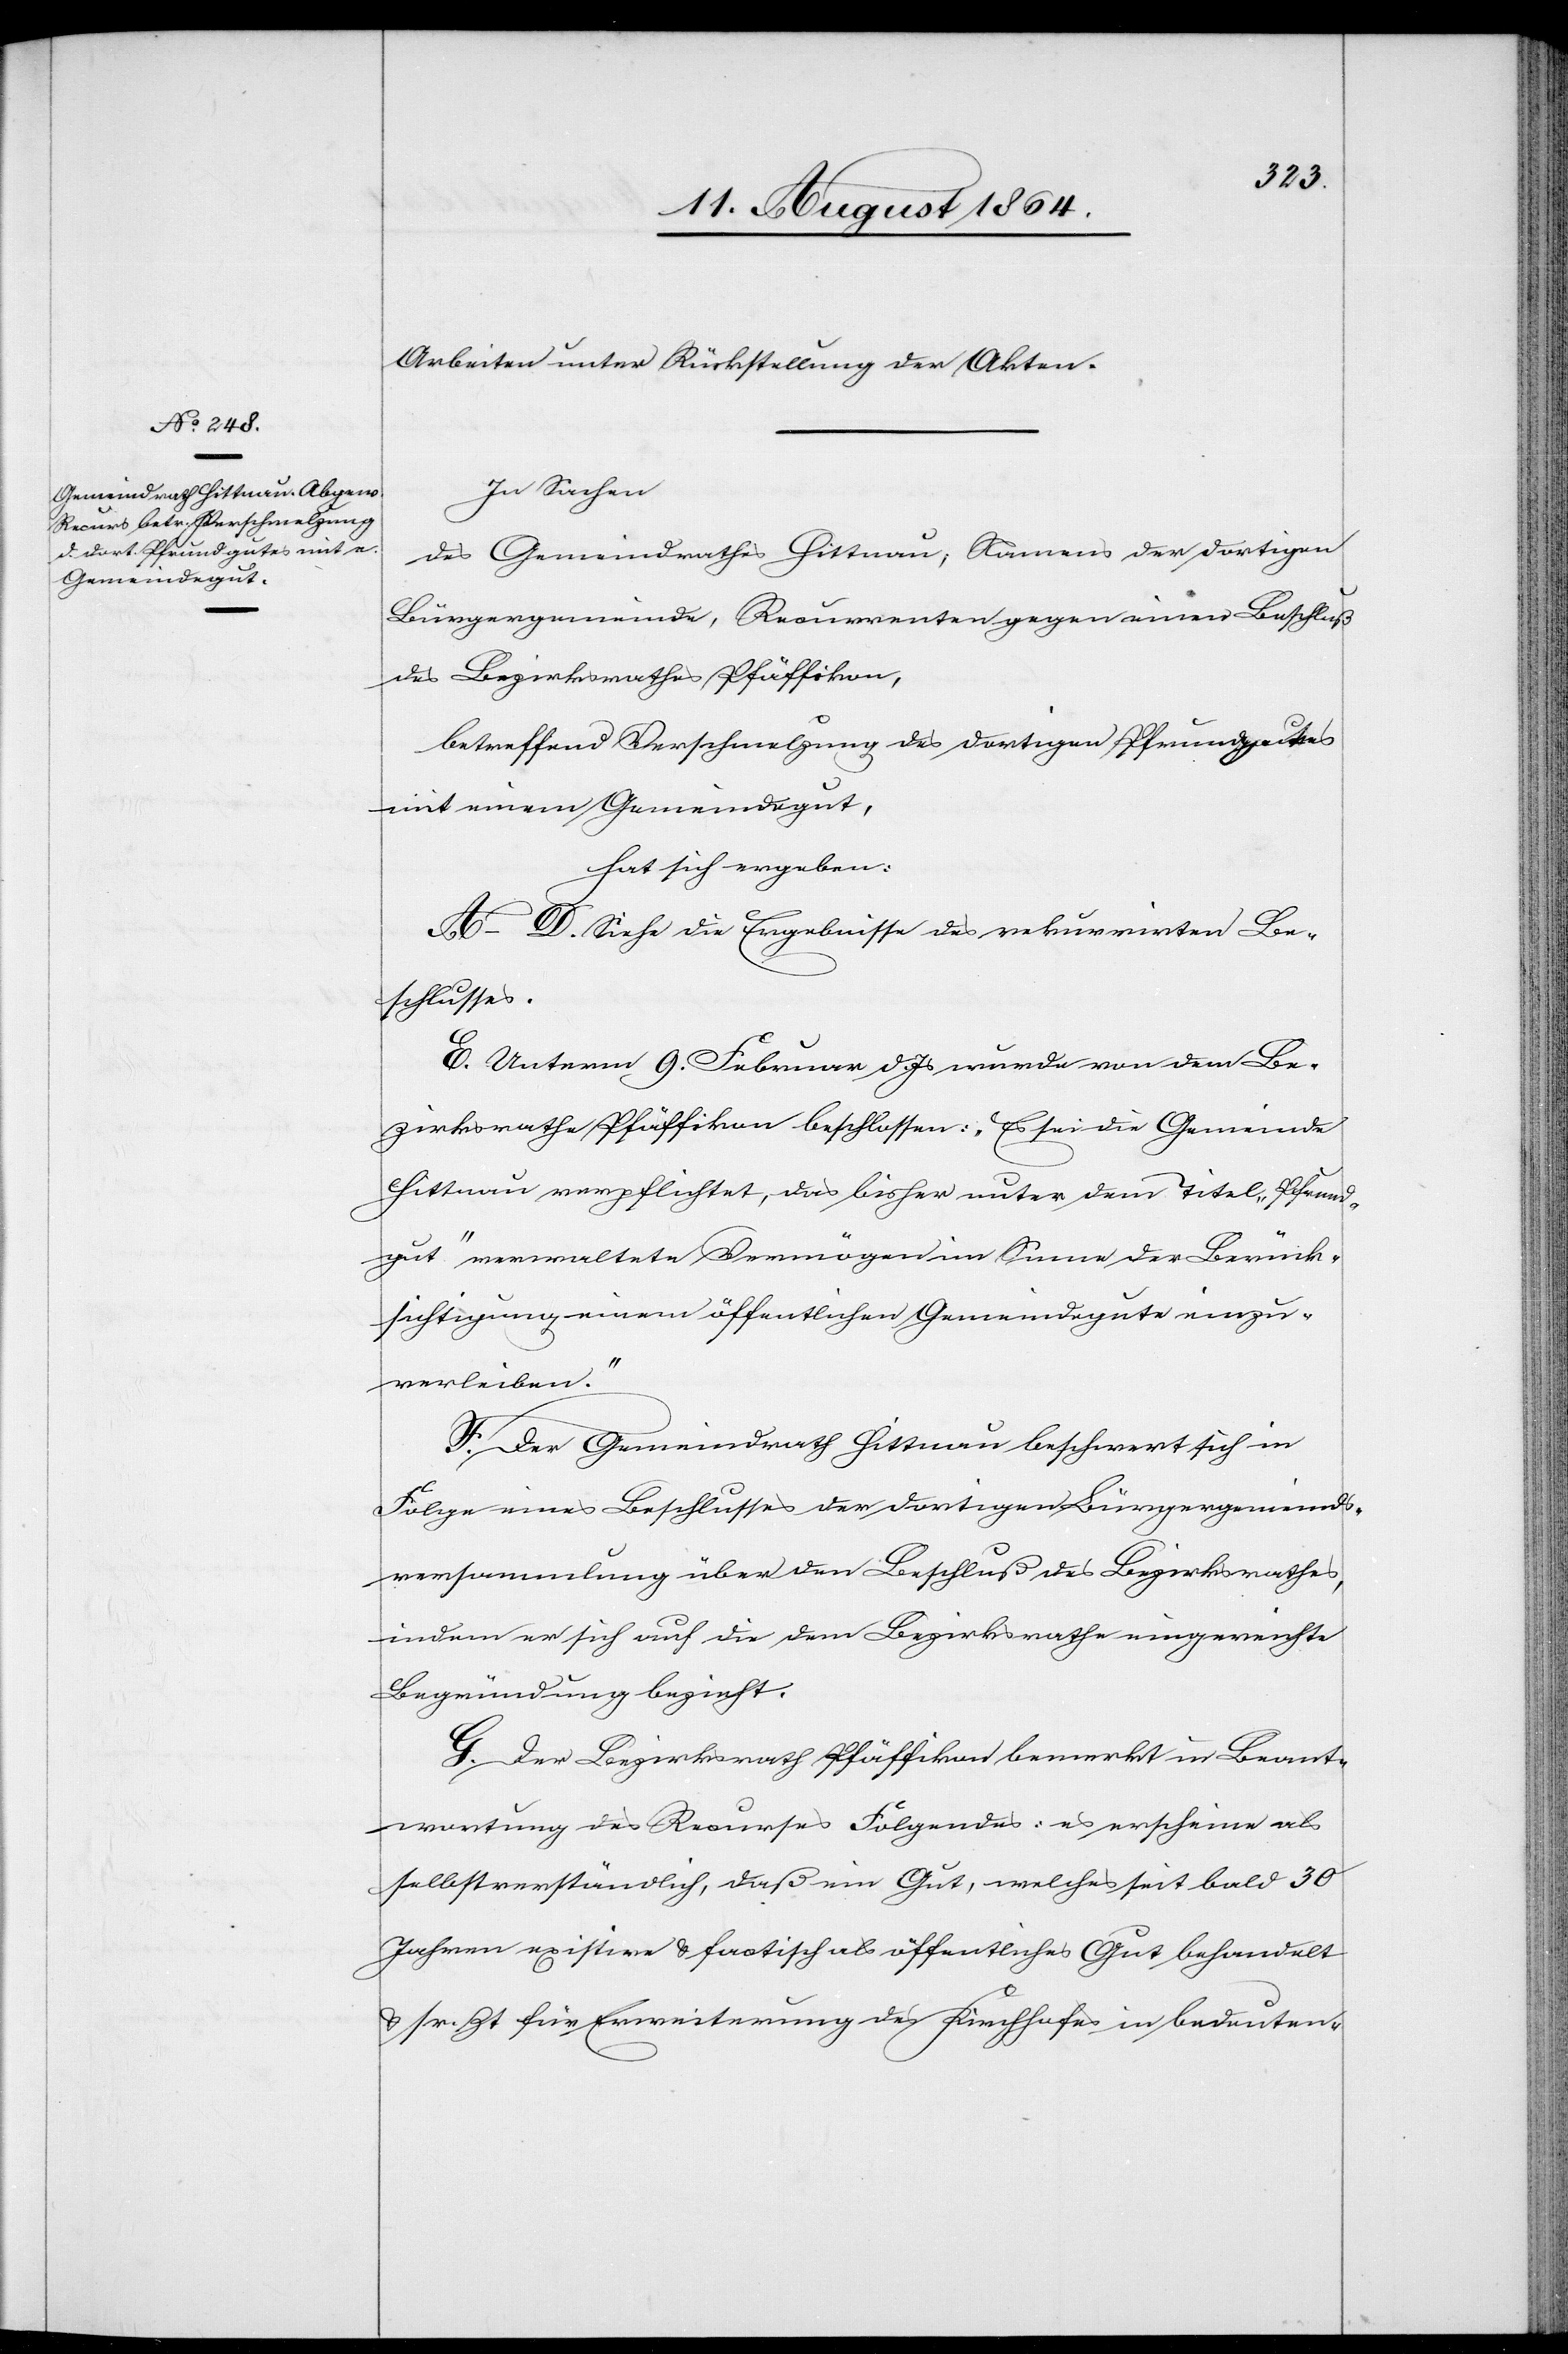
Arbeiten unter Rückstellung der Akten.
In Sachen
des Gemeindrathes Hittnau, Namens der dortigen
Bürgergemeinde, Recurrenten gegen einen Beschluß
des Bezirksrathes Pfäffikon,
betreffend Verschmelzung des dortigen Pfrundgutes
mit einem Gemeindegut,
hat sich ergeben:
A.–D. Siehe die Ergebnisse des rekurrirten Be¬
schlusses.
E. Unterm 9. Februar wurde von dem Be¬
zirksrathe Pfäffikon beschlossen: „Es sei die Gemeinde
Hittnau verpflichtet, das bisher unter dem Titel „Pfrund¬
gut“ verwaltete Vermögen im Sinne der Berück¬
sichtigung einem öffentlichen Gemeindegute einzu¬
verleiben.“
F. Der Gemeindrath Hittnau beschwert sich in
Folge eines Beschlusses der dortigen Bürgergemeinde¬
versammlung über den Beschluß des Bezirksrathes,
indem er sich auf die dem Bezirksrathe eingereichte
Begründung bezieht.
G. Der Bezirksrath Pfäffikon bemerkt in Beant¬
wortung des Recurses Folgendes: es erscheine als
selbstverständlich, daß ein Gut, welches seit bald 30
Jahren existire & factisch als öffentliches Gut behandelt
& sr. Zt. für Erweiterung des Kirchhofes in bedeuten-